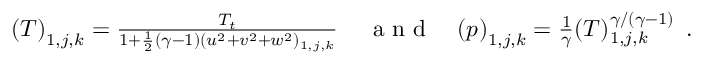
\begin{array} { r l r } { \left( T \right) _ { 1 , j , k } = \frac { T _ { t } } { 1 + \frac { 1 } { 2 } ( \gamma - 1 ) ( u ^ { 2 } + v ^ { 2 } + w ^ { 2 } ) _ { 1 , j , k } } \, } & { { } \mathrm { ~ a ~ n ~ d ~ } } & { \left( p \right) _ { 1 , j , k } = \frac { 1 } { \gamma } ( T ) _ { 1 , j , k } ^ { \gamma / ( \gamma - 1 ) } \, \mathrm { ~ . ~ } } \end{array}